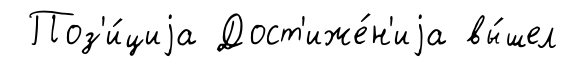
Поз'и́циjа Дост'иже́н'иjа вы́шел